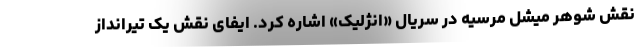
نقش شوهر میشل مرسیه در سریال «انژلیک» اشاره کرد. ایفای نقش یک تیرانداز